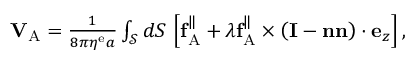
\begin{array} { r } { \mathbf { V } _ { \mathrm { A } } = \frac { 1 } { 8 \pi \eta ^ { \mathrm { e } } a } \int _ { \mathcal { S } } d S \, \left[ \mathbf { f } _ { \mathrm { A } } ^ { \| } + \lambda \mathbf { f } _ { \mathrm { A } } ^ { \| } \times \left( \mathbf { I } - \mathbf { n } \mathbf { n } \right) \cdot \mathbf { e } _ { z } \right] , } \end{array}